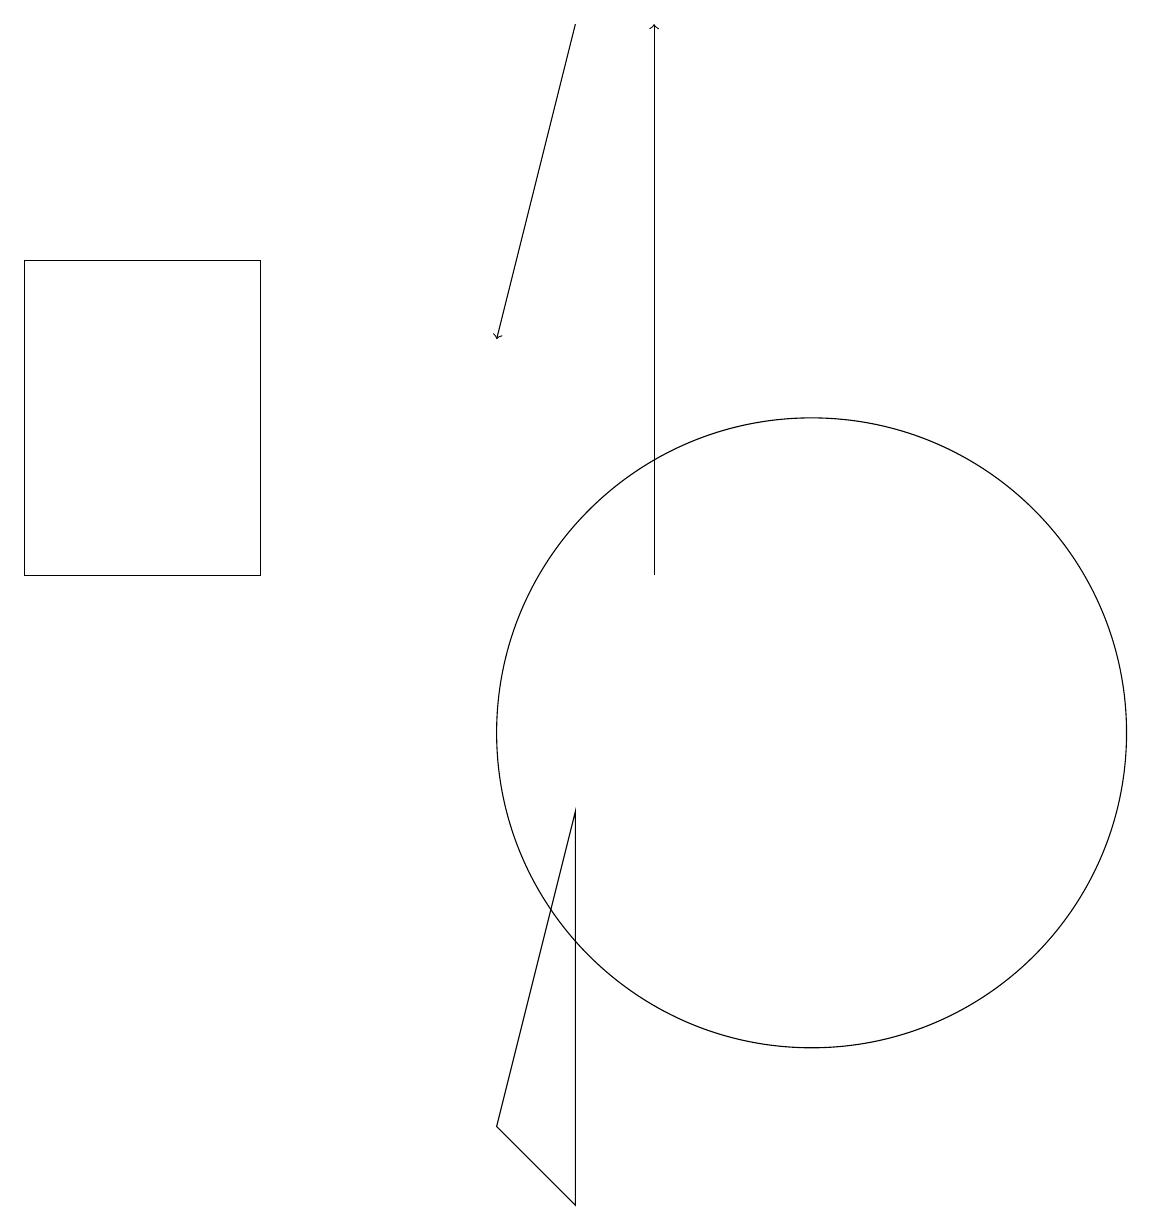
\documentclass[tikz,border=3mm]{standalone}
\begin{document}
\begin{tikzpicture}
\draw (3,16) rectangle (0,12);
\draw[->] (7,19) -- (6,15);
\draw (12,12) circle (0);
\draw[->] (8,12) -- (8,19);
\draw (10,10) circle (4);
\draw (7,4) -- (6,5) -- (7,9) -- cycle;
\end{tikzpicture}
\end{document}